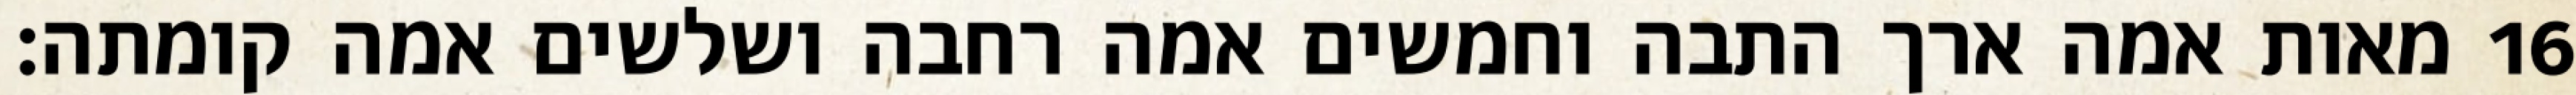
מאות אמה ארך התבה וחמשים אמה רחבה ושלשים אמה קומתה׃ ‎16‏